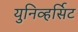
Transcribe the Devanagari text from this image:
युनिव्हर्सिट